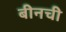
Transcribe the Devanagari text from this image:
बीनची